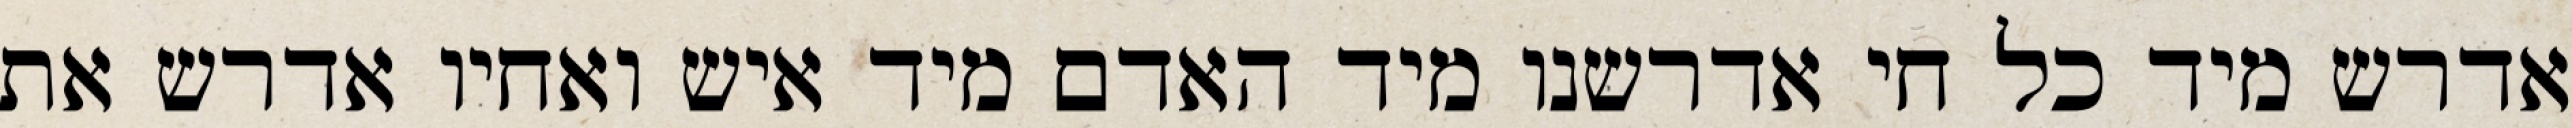
אדרש מיד כל חי אדרשנו מיד האדם מיד איש ואחיו אדרש את